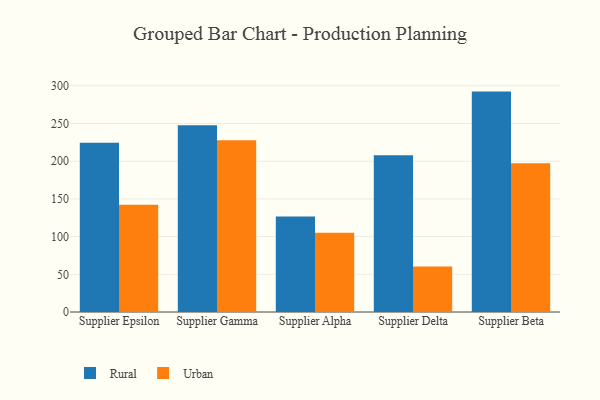
{"axis": {"x": "Supplier", "y": "Revenue (USD Million)"}, "legend": ["Rural", "Urban"], "data": [{"x": "Supplier Epsilon", "y": 224.6, "type": "Rural"}, {"x": "Supplier Epsilon", "y": 142.2, "type": "Urban"}, {"x": "Supplier Gamma", "y": 247.6, "type": "Rural"}, {"x": "Supplier Gamma", "y": 227.8, "type": "Urban"}, {"x": "Supplier Alpha", "y": 126.8, "type": "Rural"}, {"x": "Supplier Alpha", "y": 105.0, "type": "Urban"}, {"x": "Supplier Delta", "y": 207.9, "type": "Rural"}, {"x": "Supplier Delta", "y": 60.3, "type": "Urban"}, {"x": "Supplier Beta", "y": 292.3, "type": "Rural"}, {"x": "Supplier Beta", "y": 197.2, "type": "Urban"}]}